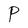
Character: P